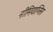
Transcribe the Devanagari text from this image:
नीमियाप्सिस